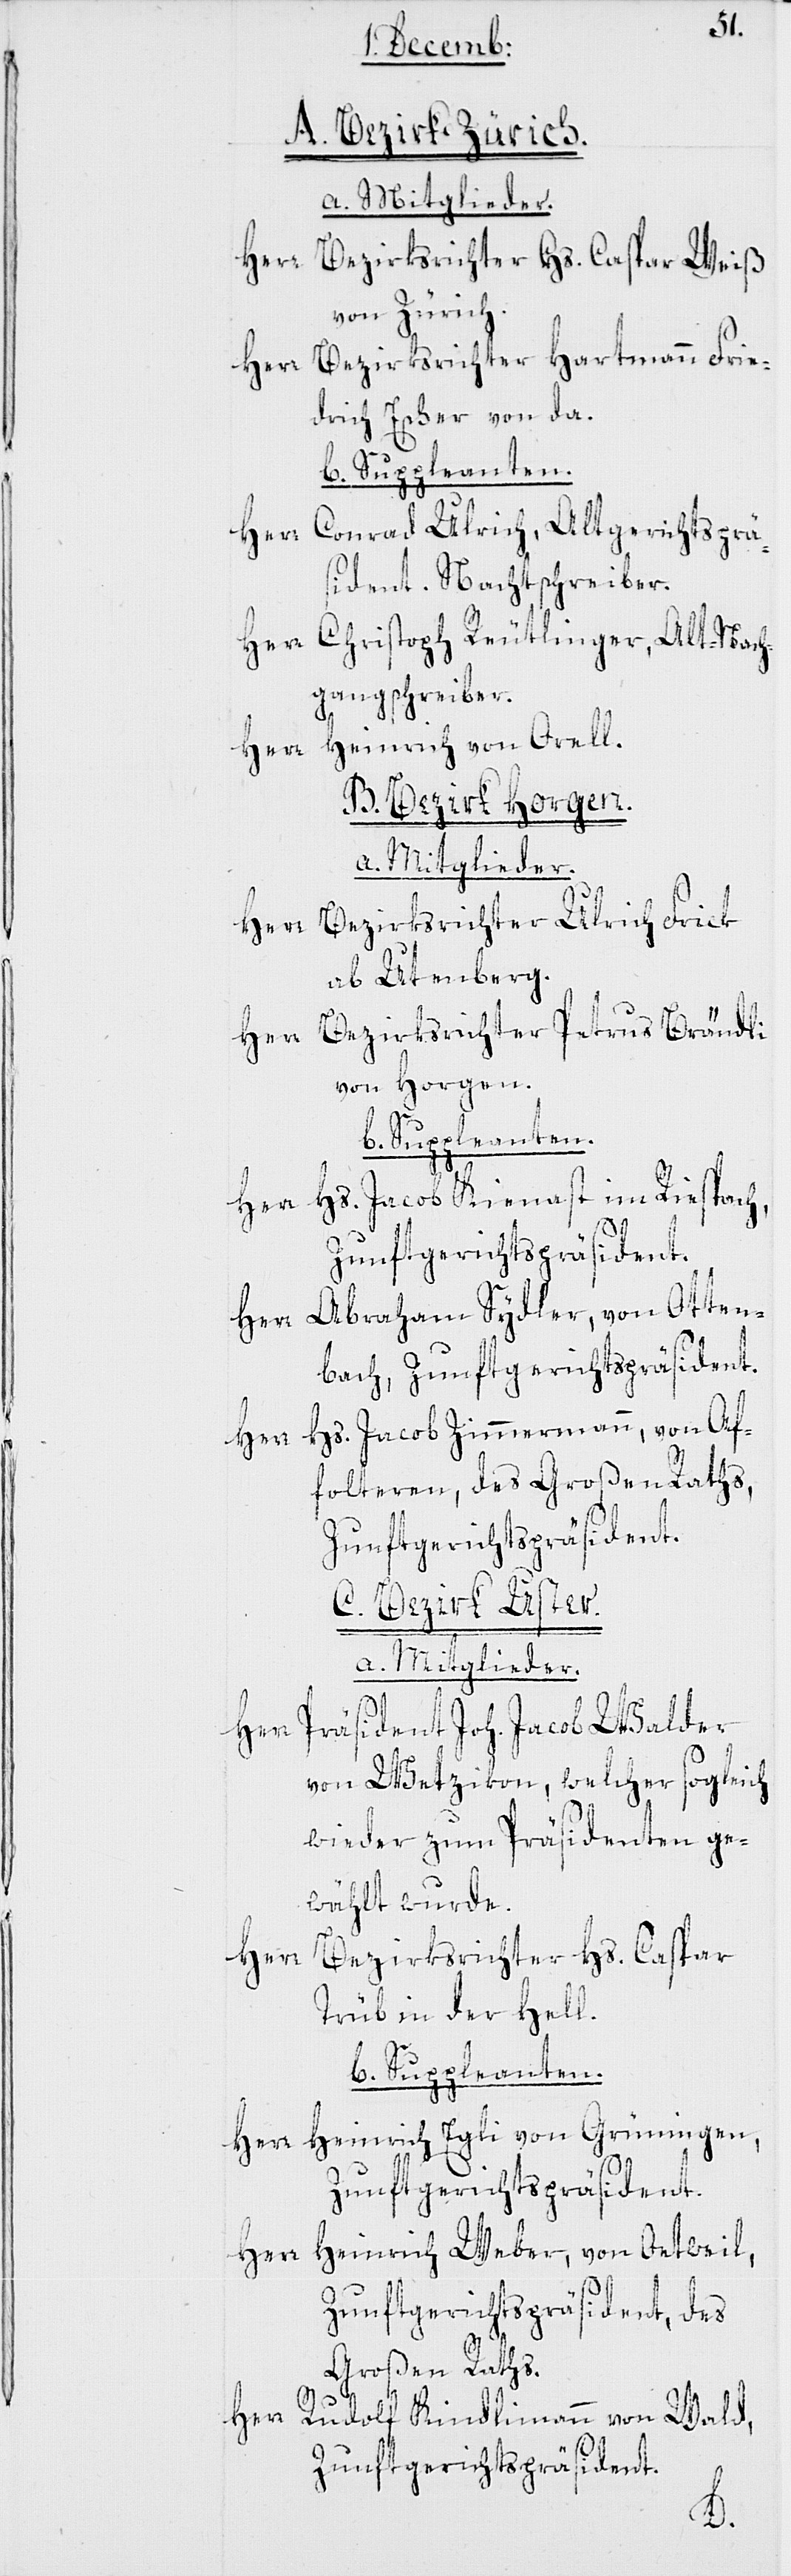
A. Bezirk Zürich.
a. Mitglieder.
Herr Bezirksrichter Hs. Caspar Weiß
von Zürich.
Herr Bezirksrichter Hartmann Frie¬
drich Escher von da.
b. Suppleanten.
Herr Conrad Ulrich, Altgerichtsprä¬
sident. Nachtschreiber.
Herr Christoph Reutlinger, Alt-Nach¬
gangschreiber.
B. Bezirk Horgen.
a. Mitglieder.
Herr Bezirksrichter Ulrich Frick
ab Utenberg.
Herr Bezirksrichter Petrus Brändli
von Horgen.
Herr Hs. Jacob Kienast im Riespach,
Zunftgerichtspräsident.
Herr Abraham Sydler, von Otten¬
bach, Zunftgerichtspräsident.
Hs. Jacob Zimmermann, von Af¬
foltern, des Großen Raths,
Zunftgerichtspräsident.
C. Bezirk Uster.
a. Mitglieder.
Herr Präsident Joh. Jacob Walder
von Wetzikon, welcher sogleich
wieder zum Präsidenten ge¬
wählt wurde.
Herr
Bezirksrichter Hs. Caspar
Trüb in der Hell.
b. Suppleanten.
Herr Heinrich Egli von Grüningen,
Herr Heinrich Weber, von Oetweil,
Zunftgerichtspräsident, des
Großen Raths,
Herr
Rudolf Kindlimann von Wald,
Zunftgerichtspräsident.